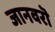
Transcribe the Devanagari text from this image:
जानवरॊ